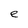
Character: e